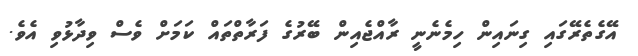
އޭގެތެރޭގައި ގިނައިން ހިމެނެނީ ރާއްޖެއިން ބޭރުގެ ފަރާތްތައް ކަމަށް ވެސް ވިދާޅުވި އެވެ.